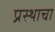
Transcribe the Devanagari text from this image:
प्रस्थाचा